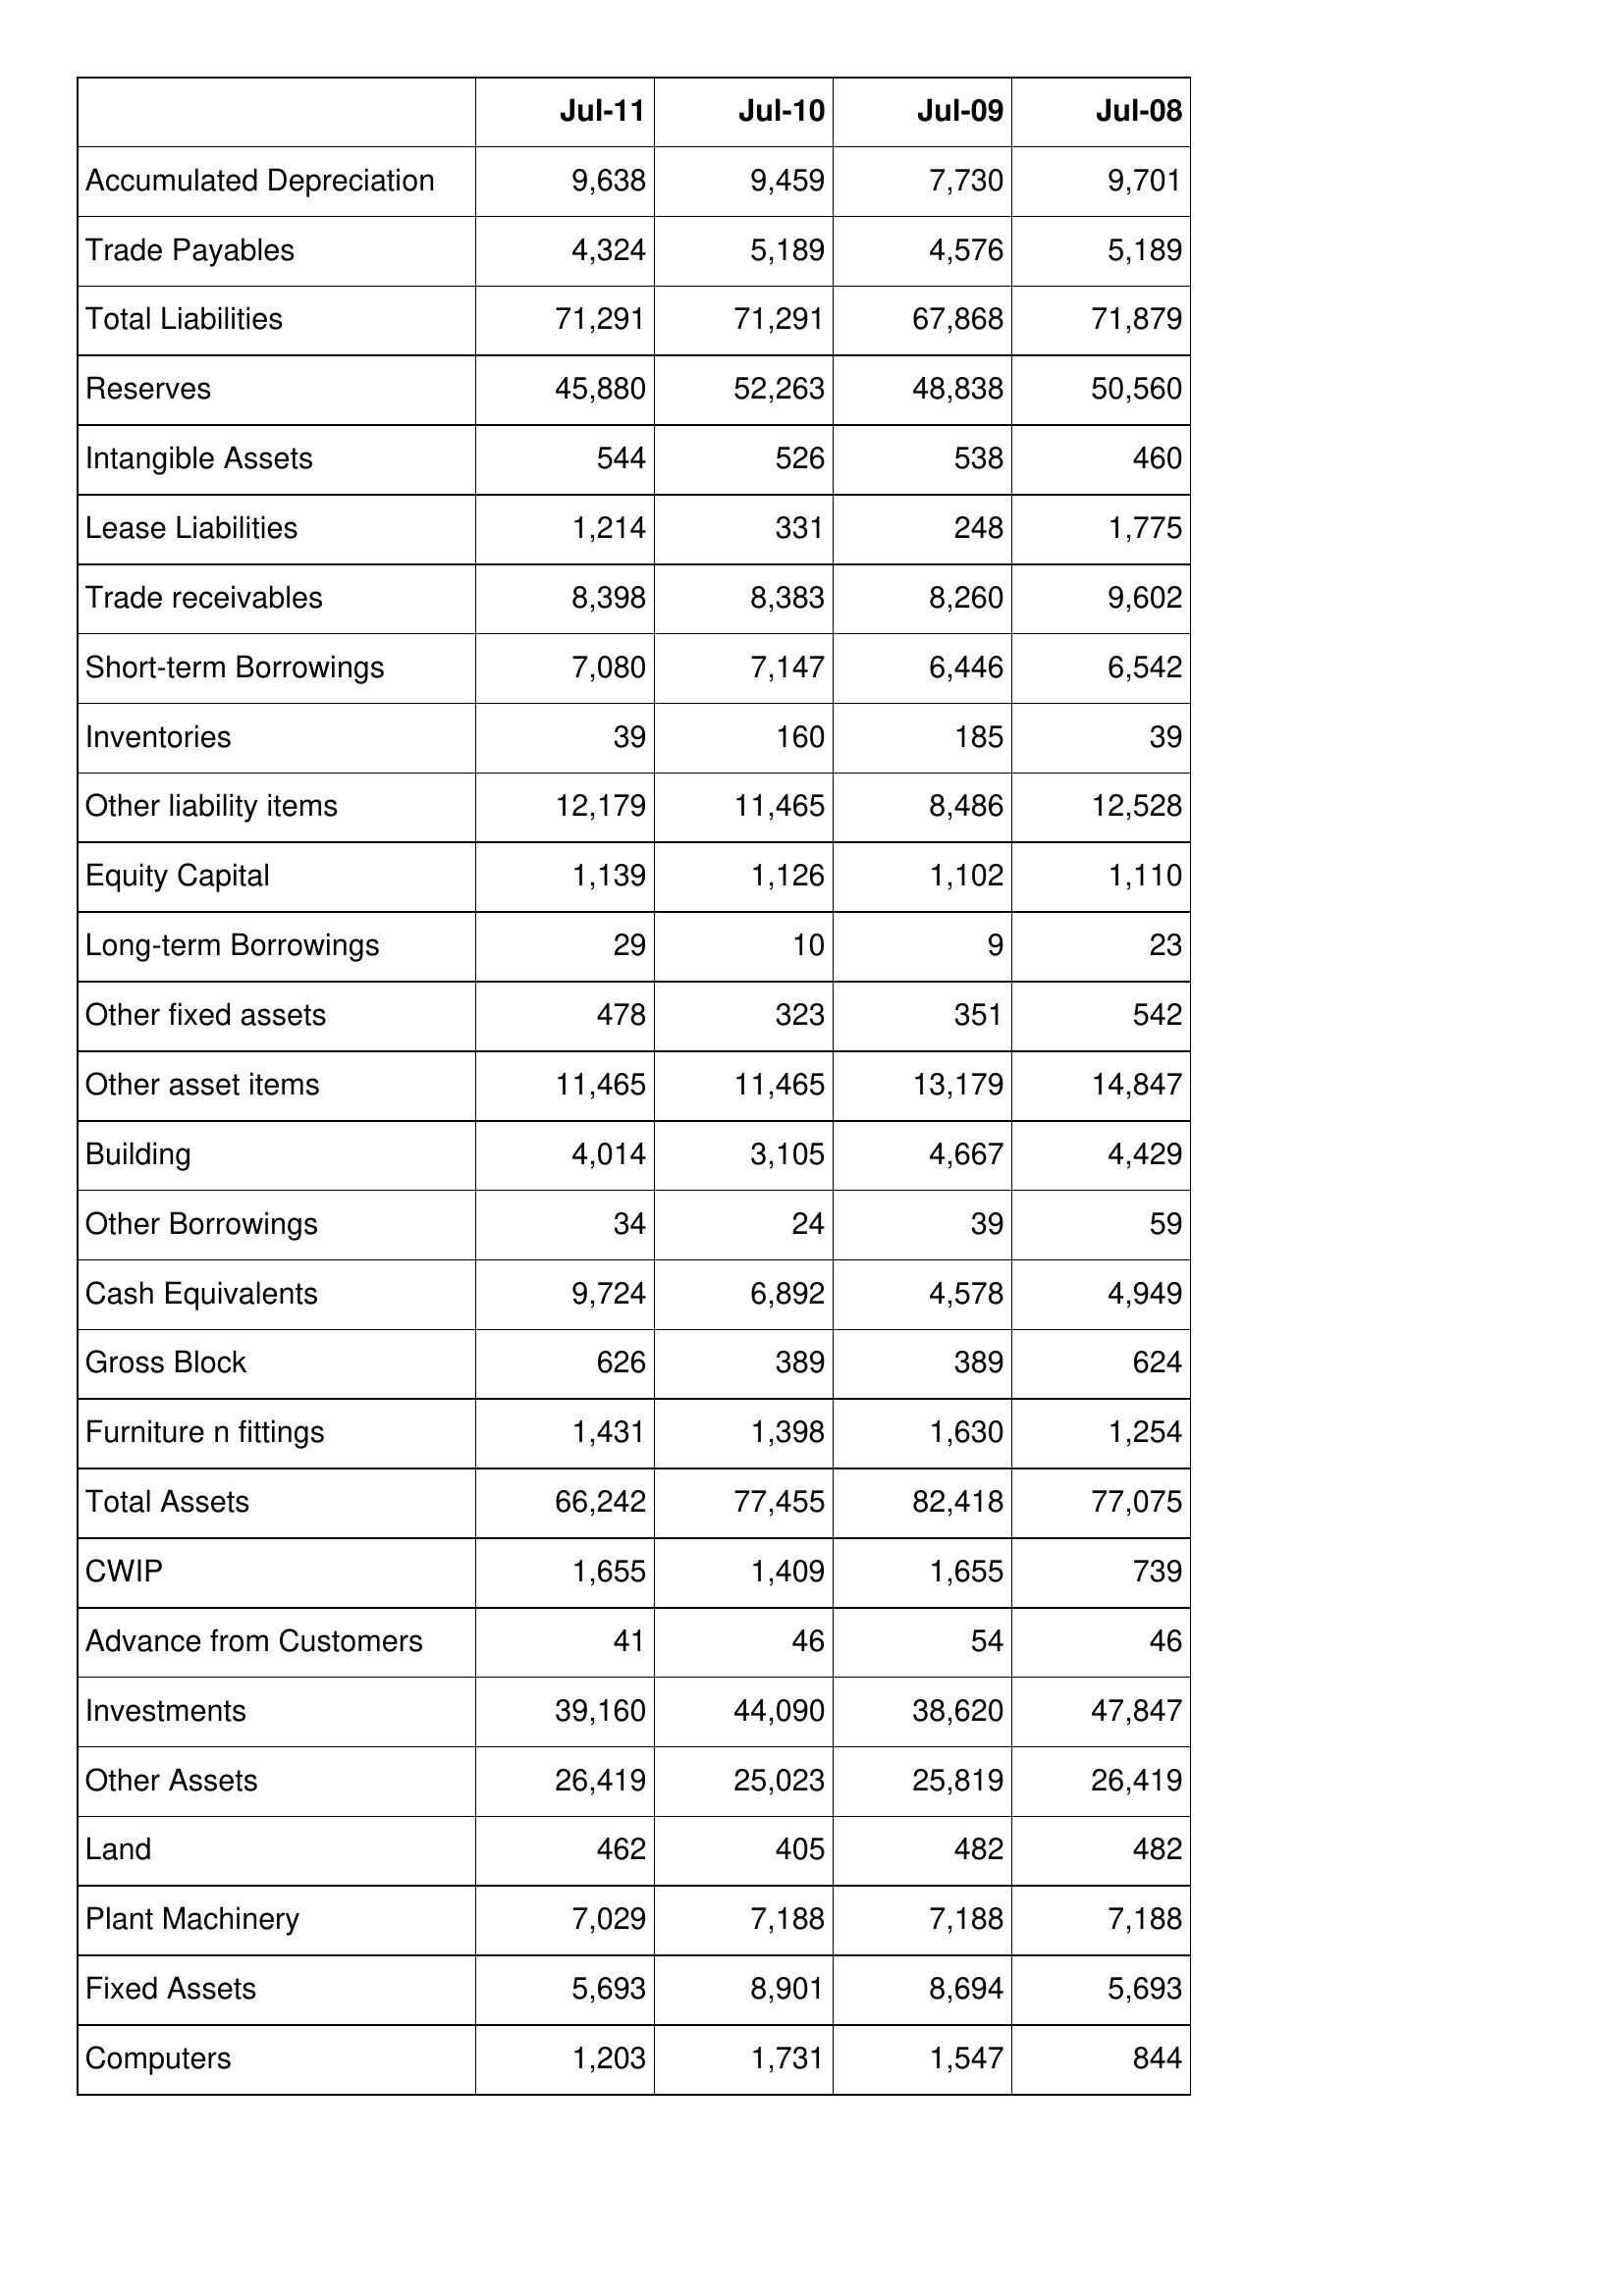
Jul-11: Balance Sheet: Accumulated Depreciation: 9,638
Trade Payables: 4,324
Total Liabilities: 71,291
Reserves: 45,880
Intangible Assets: 544
Lease Liabilities: 1,214
Trade receivables: 8,398
Short-term Borrowings: 7,080
Inventories: 39
Other liability items: 12,179
Equity Capital: 1,139
Long-term Borrowings: 29
Other fixed assets: 478
Other asset items: 11,465
Building: 4,014
Other Borrowings: 34
Cash Equivalents: 9,724
Gross Block: 626
Furniture n fittings: 1,431
Total Assets: 66,242
CWIP: 1,655
Advance from Customers: 41
Investments: 39,160
Other Assets: 26,419
Land: 462
Plant Machinery: 7,029
Fixed Assets: 5,693
Computers: 1,203
Jul-10: Balance Sheet: Accumulated Depreciation: 9,459
Trade Payables: 5,189
Total Liabilities: 71,291
Reserves: 52,263
Intangible Assets: 526
Lease Liabilities: 331
Trade receivables: 8,383
Short-term Borrowings: 7,147
Inventories: 160
Other liability items: 11,465
Equity Capital: 1,126
Long-term Borrowings: 10
Other fixed assets: 323
Other asset items: 11,465
Building: 3,105
Other Borrowings: 24
Cash Equivalents: 6,892
Gross Block: 389
Furniture n fittings: 1,398
Total Assets: 77,455
CWIP: 1,409
Advance from Customers: 46
Investments: 44,090
Other Assets: 25,023
Land: 405
Plant Machinery: 7,188
Fixed Assets: 8,901
Computers: 1,731
Jul-09: Balance Sheet: Accumulated Depreciation: 7,730
Trade Payables: 4,576
Total Liabilities: 67,868
Reserves: 48,838
Intangible Assets: 538
Lease Liabilities: 248
Trade receivables: 8,260
Short-term Borrowings: 6,446
Inventories: 185
Other liability items: 8,486
Equity Capital: 1,102
Long-term Borrowings: 9
Other fixed assets: 351
Other asset items: 13,179
Building: 4,667
Other Borrowings: 39
Cash Equivalents: 4,578
Gross Block: 389
Furniture n fittings: 1,630
Total Assets: 82,418
CWIP: 1,655
Advance from Customers: 54
Investments: 38,620
Other Assets: 25,819
Land: 482
Plant Machinery: 7,188
Fixed Assets: 8,694
Computers: 1,547
Jul-08: Balance Sheet: Accumulated Depreciation: 9,701
Trade Payables: 5,189
Total Liabilities: 71,879
Reserves: 50,560
Intangible Assets: 460
Lease Liabilities: 1,775
Trade receivables: 9,602
Short-term Borrowings: 6,542
Inventories: 39
Other liability items: 12,528
Equity Capital: 1,110
Long-term Borrowings: 23
Other fixed assets: 542
Other asset items: 14,847
Building: 4,429
Other Borrowings: 59
Cash Equivalents: 4,949
Gross Block: 624
Furniture n fittings: 1,254
Total Assets: 77,075
CWIP: 739
Advance from Customers: 46
Investments: 47,847
Other Assets: 26,419
Land: 482
Plant Machinery: 7,188
Fixed Assets: 5,693
Computers: 844